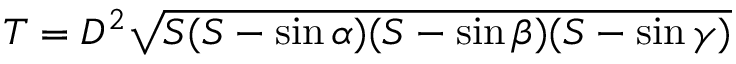
T = D ^ { 2 } { \sqrt { S ( S - \sin \alpha ) ( S - \sin \beta ) ( S - \sin \gamma ) } }